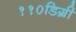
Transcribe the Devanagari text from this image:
११०डिग्री